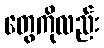
တွေကိုလည်း